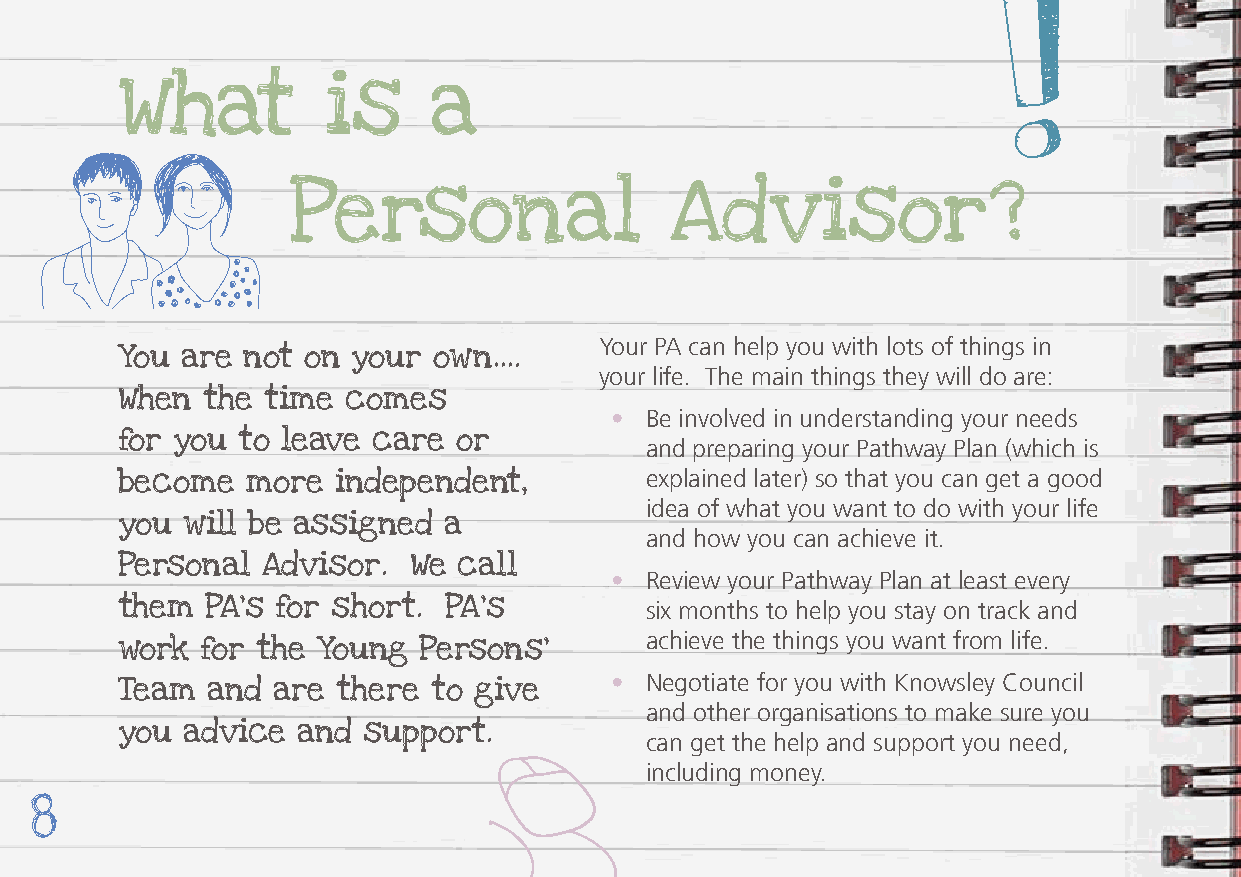
What         is     a
 Personal                 Advisor?
 Your PA can help you with lots of things in
 You are not on your  own….
 your life. The main things they will do are:
 When the time  comes
 •  Be involved in understanding your needs
 for you to leave care or           and preparing your Pathway Plan (which is
 explained later) so that you can get a good
 become  more  independent,
 idea of what you want to do with your life
 you will be assigned a
 and how you can achieve it.
 Personal Advisor.  We call
 •  Review your Pathway Plan at least every
 them  PA’s for short. PA’s         six months to help you stay on track and
 achieve the things you want from life.
 work for the Young  Persons’
 •  Negotiate for you with Knowsley Council
 Team  and are there  to give
 and other organisations to make sure you
 you advice  and support.           can get the help and support you need,
 including money.
 8